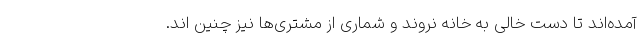
آمده‌اند تا دست خالی به خانه نروند و شماری از مشتری‌ها نیز چنین اند.